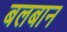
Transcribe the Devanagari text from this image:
बलबान